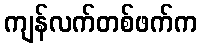
ကျန်လက်တစ်ဖက်က